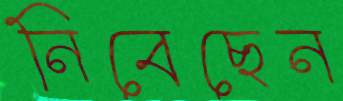
নিবেছেন